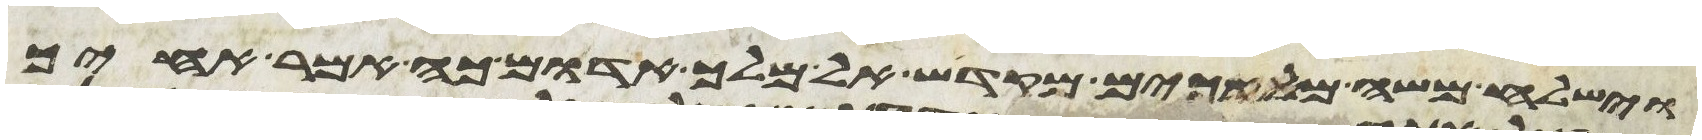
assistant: וישלח משה מלאכים מקדש אל מלך אדום כה אמר אחיך